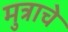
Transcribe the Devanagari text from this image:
मुत्राचे